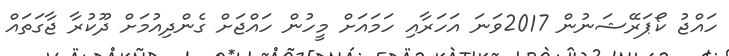
ހައްޖު ކޯޕަރޭޝަނުން 2017ވަނަ އަހަރާއި ހަމައަށް މީހުން ހައްޖަށް ގެންދިއުމަށް ދޫކުރާ ޖާގަތައް